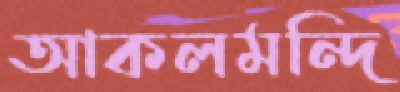
আকলমন্দি